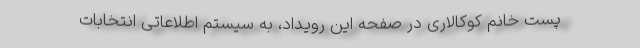
پست خانم کوکالاری در صفحه این رویداد، به سیستم اطلاعاتی انتخابات